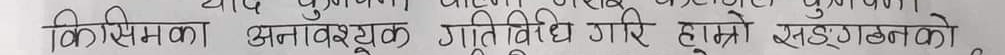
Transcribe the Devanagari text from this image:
किशिमका अनावश्यक त्रुटि विधि गरि हाम्रो सङ्कटको